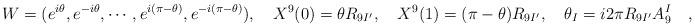
LaTeX: \begin{align*}W = (e^{i\theta}, e^{-i\theta}, \cdots, e^{i(\pi - \theta)},e^{-i(\pi - \theta)}), \quad X^9(0)= \theta R_{9I^{\prime}},\quad X^9(1)= (\pi - \theta) R_{9I^{\prime}}, \quad \theta_{I} = i2\pi R_{9I^{\prime}} A^I_{9} \quad ,\end{align*}